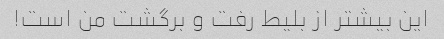
این بیشتر از بلیط رفت و برگشت من است!